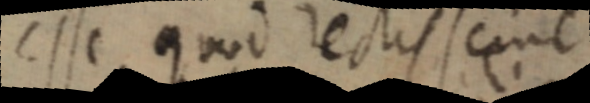
esse quod rectis _